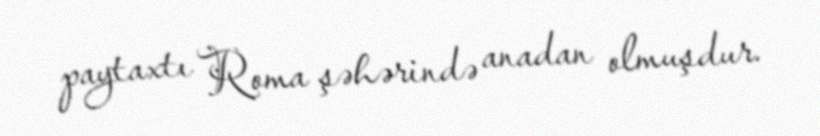
paytaxtı Roma şəhərində anadan olmuşdur.